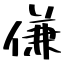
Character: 傔